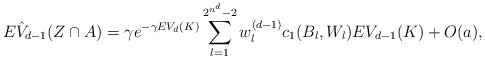
\begin{align*}E \hat{V}_{d-1}(Z\cap A)&=\gamma e^{-\gamma EV_d(K)}\sum\limits_{l=1}^{2^{n^d}-2}w_l^{(d-1)}c_1(B_l,W_l) EV_{d-1}(K)+O(a),\end{align*}